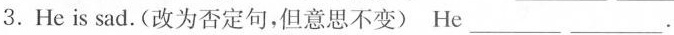
3.Heis sad.(改为否定句,但意思不变)He___.